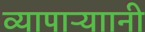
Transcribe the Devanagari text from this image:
व्यापाऱ्याानी